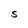
Character: S